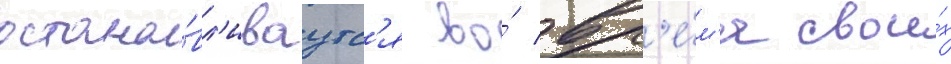
остана́вл'иваутс'я во́ вр'е́м'я свои́х